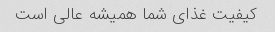
کیفیت غذای شما همیشه عالی است